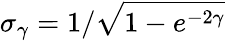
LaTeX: \sigma_{\gamma}=1/\sqrt{1-e^{-2\gamma}}